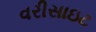
વરીસાઇટ